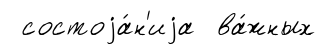
состоjа́н'иjа ва́жных